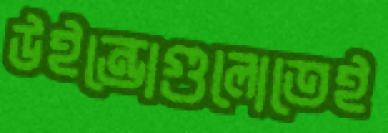
উইন্ডোগুলোতেই